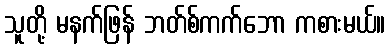
သူတို့ မနက်ဖြန် ဘတ်စ်ကက်ဘော ကစားမယ်။